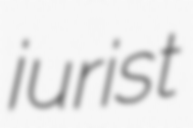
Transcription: jurist